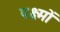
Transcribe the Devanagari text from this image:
पक्ष्मों